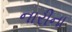
નારીના